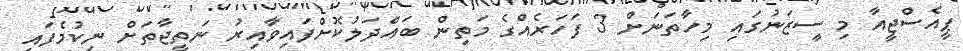
ޕީއެސްޖީއާ މި ސީޒަނުގައި މިހާތަނަށް 3 ފަހަރެއްގެ މަތިން ބައްދަލުކޮށްފައިވާއިރު ނަތީޖާތަށް ނިކުމެފައި